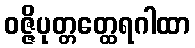
ဝဇ္ဇိပုတ္တတ္ထေရဂါထာ